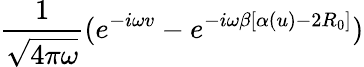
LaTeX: \frac{1}{\sqrt{4\pi\omega}}(e^{-i\omega v}-e^{-i\omega\beta[\alpha(u)-2R_{0}]})